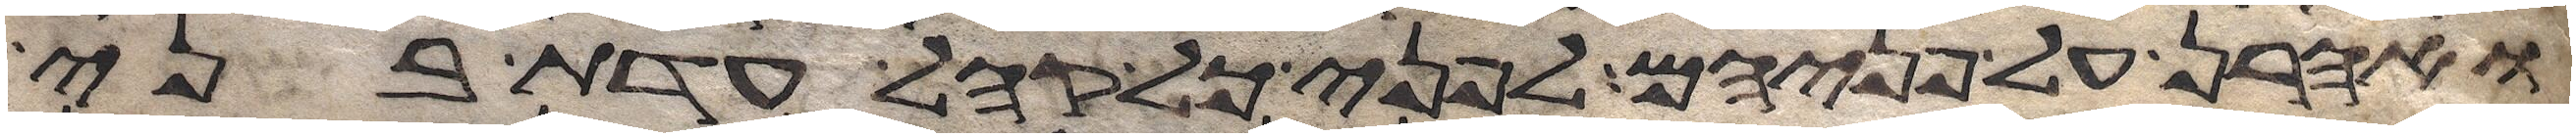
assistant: ואהרן על פניהם לפני כל קהל עדת בני